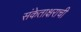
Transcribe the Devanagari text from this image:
संकेताक्षराची